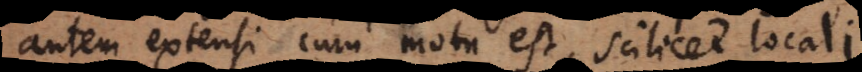
autem extensi cum motu est, scilicet locali.